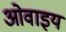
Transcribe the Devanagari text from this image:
ओवाइय